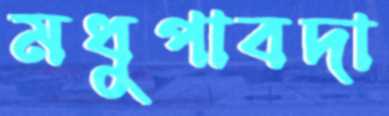
মধুপাবদা